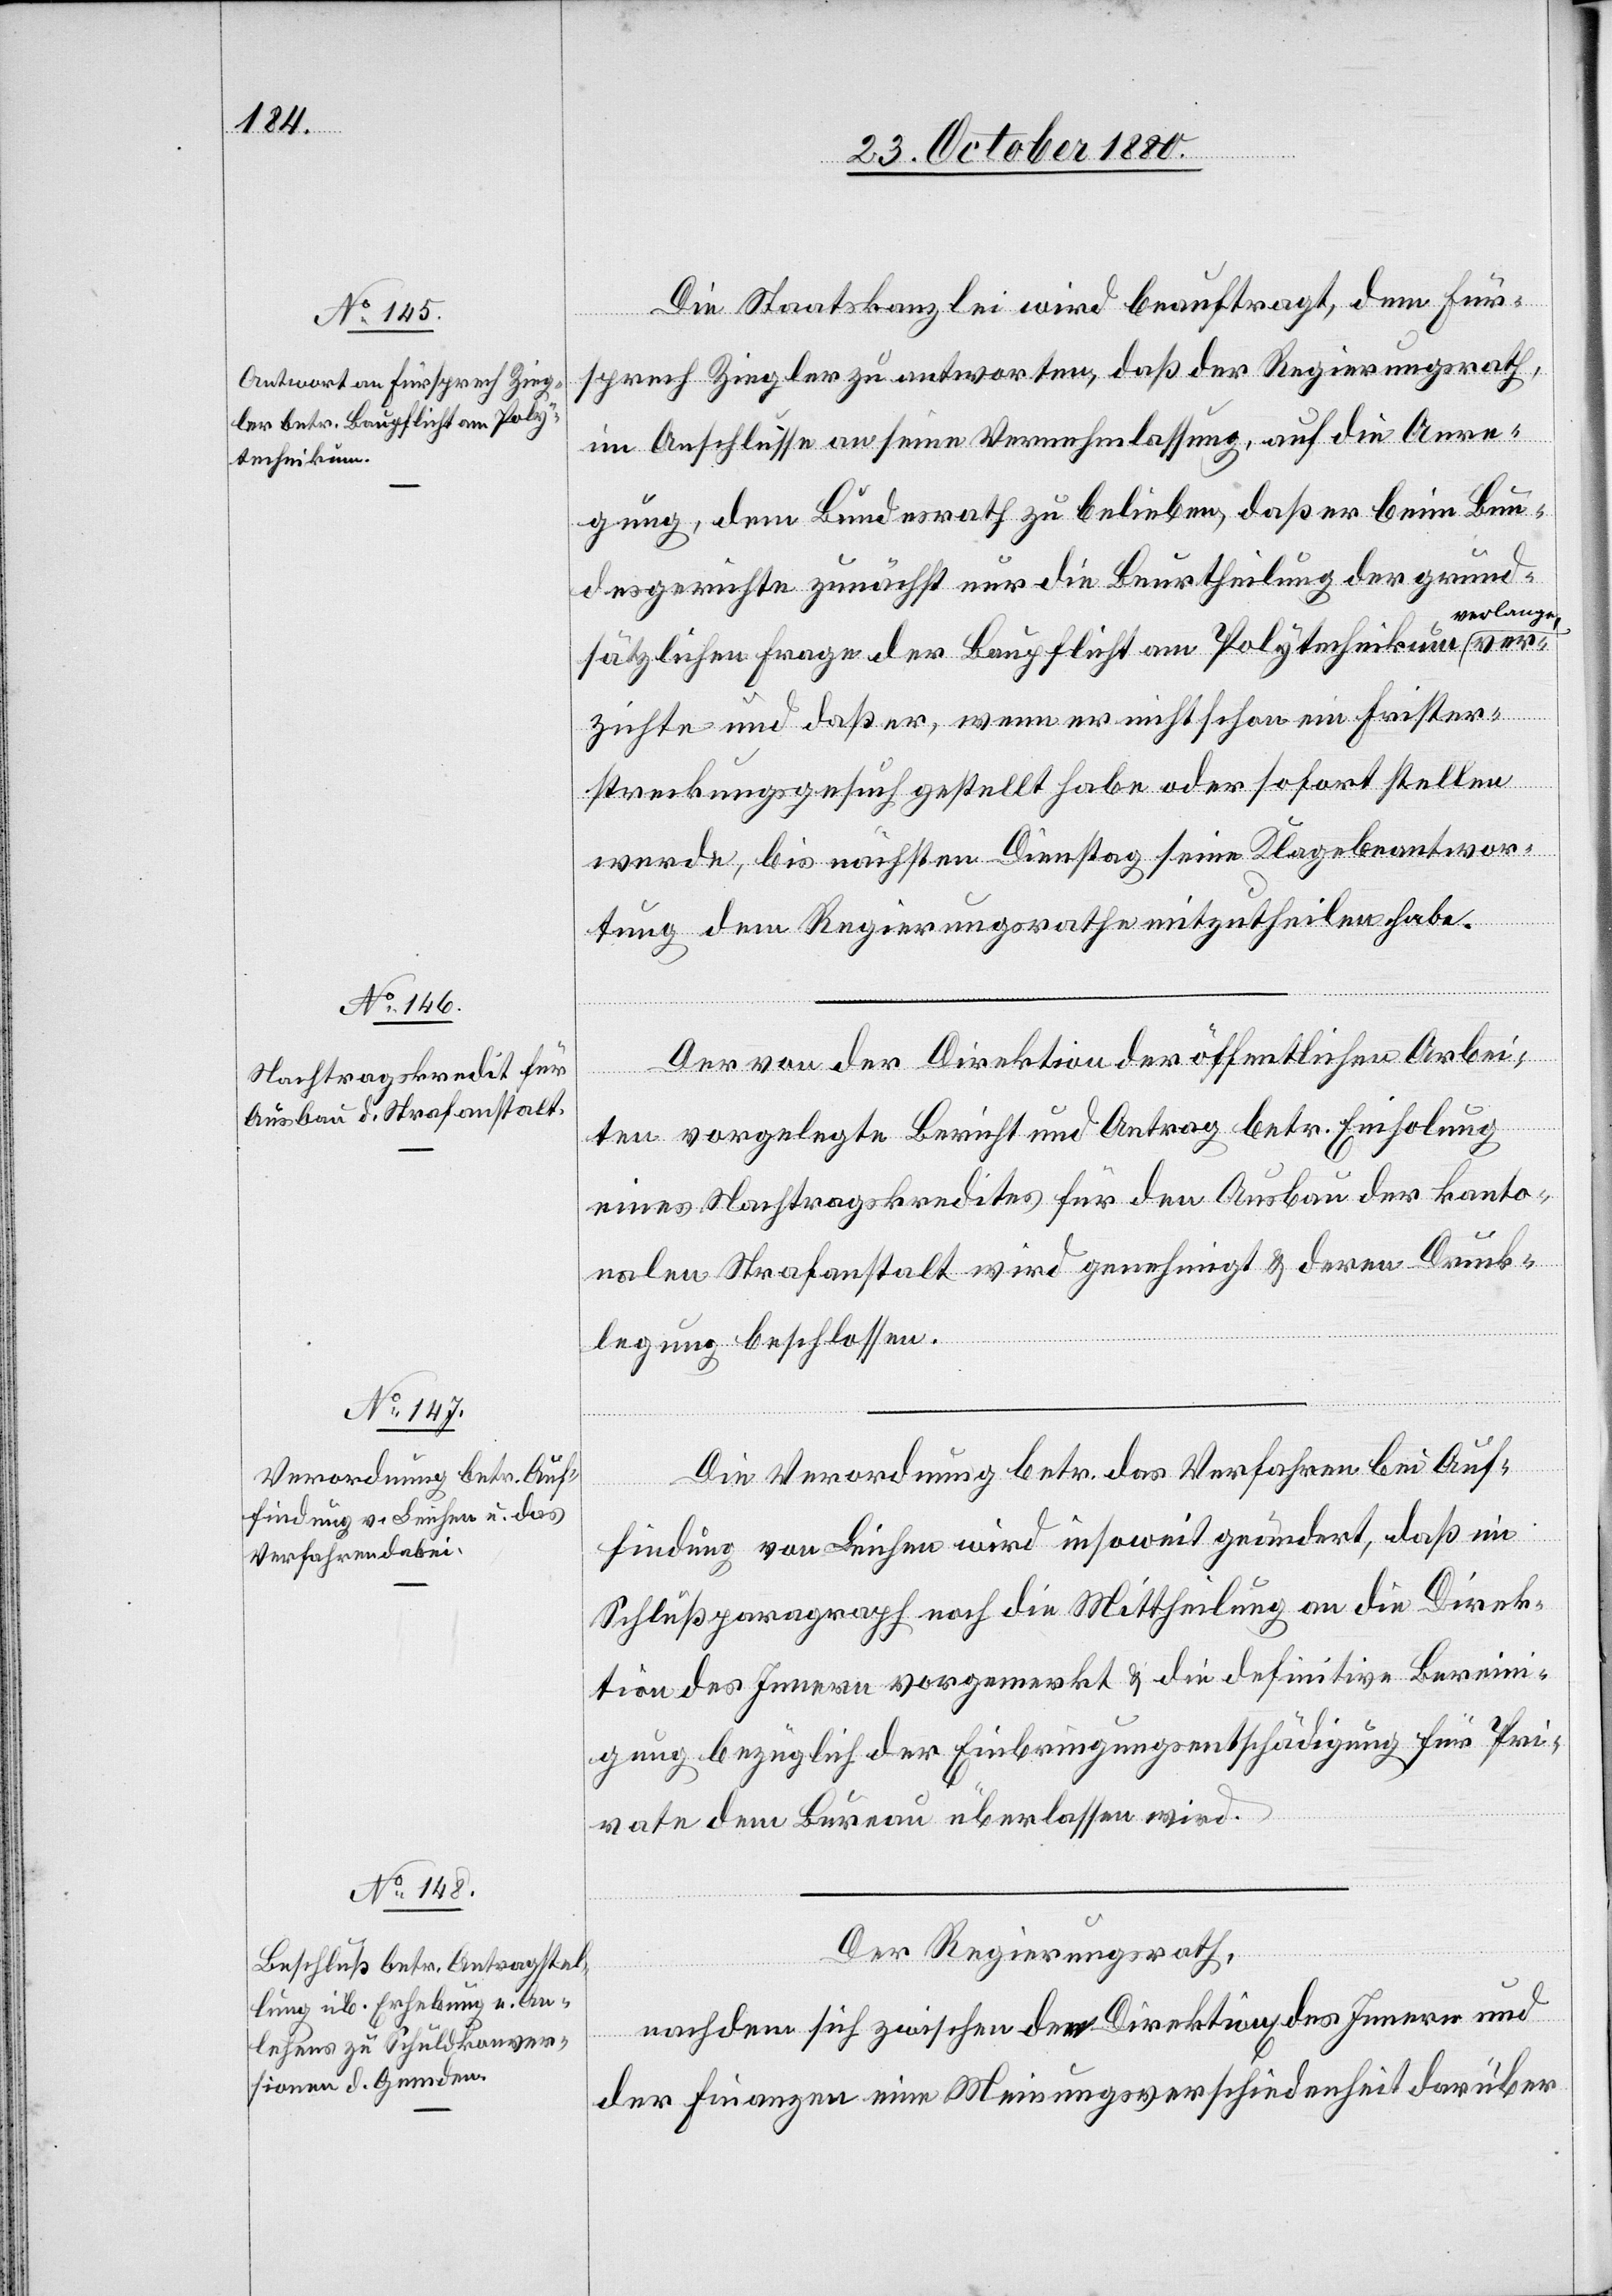
Die Staatskanzlei wird beauftragt, dem Für¬
sprech Ziegler zu antworten, daß der Regierungsrath,
im Anschlusse an seine Vernehmlassung, auf die Anre¬
gung, dem Bundesrath zu belieben, daß er beim Bun¬
desgerichte zunächst nur die Beurtheilung der grund¬
sätzlichen Frage der Baupflicht am Polytechnikum ver¬
zichte und daß er, wenn er nicht schon ein Frister¬
streckungsgesuch gestellt habe oder sofort stellen
werde, bis nächsten Dienstag seine Klagebeantwor¬
tung dem Regierungsrathe mitzutheilen habe.
Der von der Direktion der öffentlichen Arbei¬
ten vorgelegte Bericht und Antrag betr. Einholung
eines Nachtragskredites für den Ausbau der kanto¬
nalen Strafanstalt wird genehmigt & deren Druck¬
legung beschlossen.
Die Verordnung betr. das Verfahren bei Auf¬
findung von Leichen wird insoweit geändert, daß ein
Schlußparagraph noch die Mittheilung an die Direk¬
tion des Innern vorgemerkt & die definitive Berein¬
igung bezüglich der Einbringungsentschädigung für Pri¬
vate dem Bureau überlassen wird.
Der Regierungsrath,
nachdem sich zwischen den Direktion[en] des Innern und
der Finanzen eine Meinungsverschiedenheit darüber

ver¬